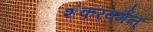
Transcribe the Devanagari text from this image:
शंकरवर्मन्